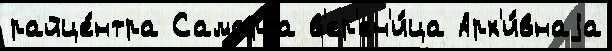
райце́нтра Самарта в'ер'ен'и́ца Арх'и́внаjа